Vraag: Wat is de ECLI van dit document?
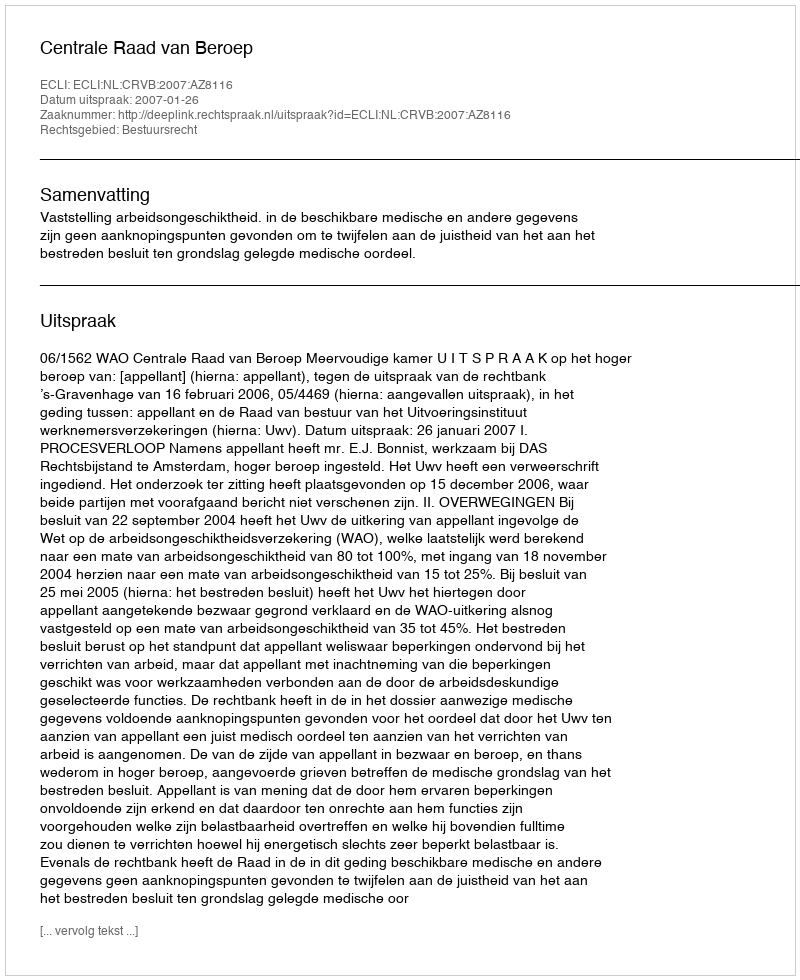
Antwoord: ECLI:NL:CRVB:2007:AZ8116